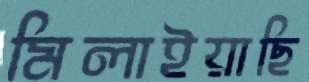
মিলাইয়াছি